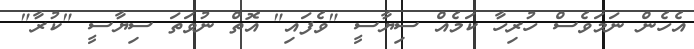
އެހެން ނަމަވެސް ހުރިހާ ކަމެއް ސިޔާސީ "ވެފައި" އޮތް ނުވަތަ ސިޔާސީ "ކުރާ"